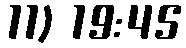
11) 19:45